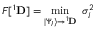
F [ { } ^ { 1 } { \bf D } ] = \operatorname* { m i n } _ { | \Psi _ { I } \rangle \to { } ^ { 1 } { \bf D } } ~ \sigma _ { I } ^ { 2 }